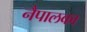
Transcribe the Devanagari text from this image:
नैपालका